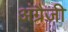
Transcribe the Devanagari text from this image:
अंग्रैजी